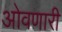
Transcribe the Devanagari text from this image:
ओवणारी